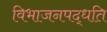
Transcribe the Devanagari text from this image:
विभाजनपद्धति